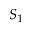
S _ { 1 }